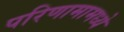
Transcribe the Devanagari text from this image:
परिणामामध्ये